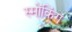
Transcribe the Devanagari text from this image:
स्मोंकिंग